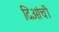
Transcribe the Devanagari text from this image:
दिआंची